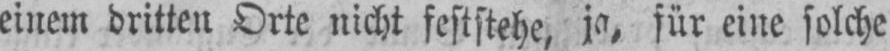
für eine solche